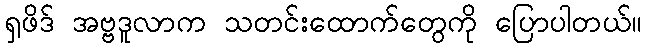
ရှဖိဒ် အဗ္ဗဒူလာက သတင်းထောက်တွေကို ပြောပါတယ်။